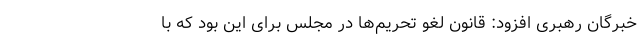
خبرگان رهبری افزود: قانون لغو تحریم‌ها در مجلس برای این بود که با